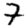
Digit: 7